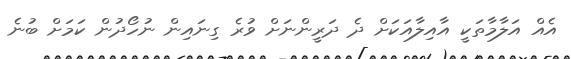
އެއް އަލާމާތަކީ އާއިލާއަކަށް ދެ ދަރީންނަށް ވުރެ ގިނައިން ނުހޯދުން ކަމަށް ބުނެ